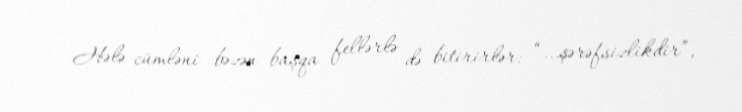
Hələ cümləni bəzən başqa fellərlə də bitirirlər: “...şərəfsizlikdir”,